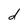
Character: d